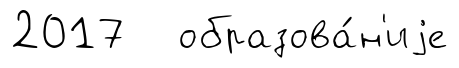
2017 образова́н'иjе